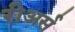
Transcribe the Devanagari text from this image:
रीअर्स